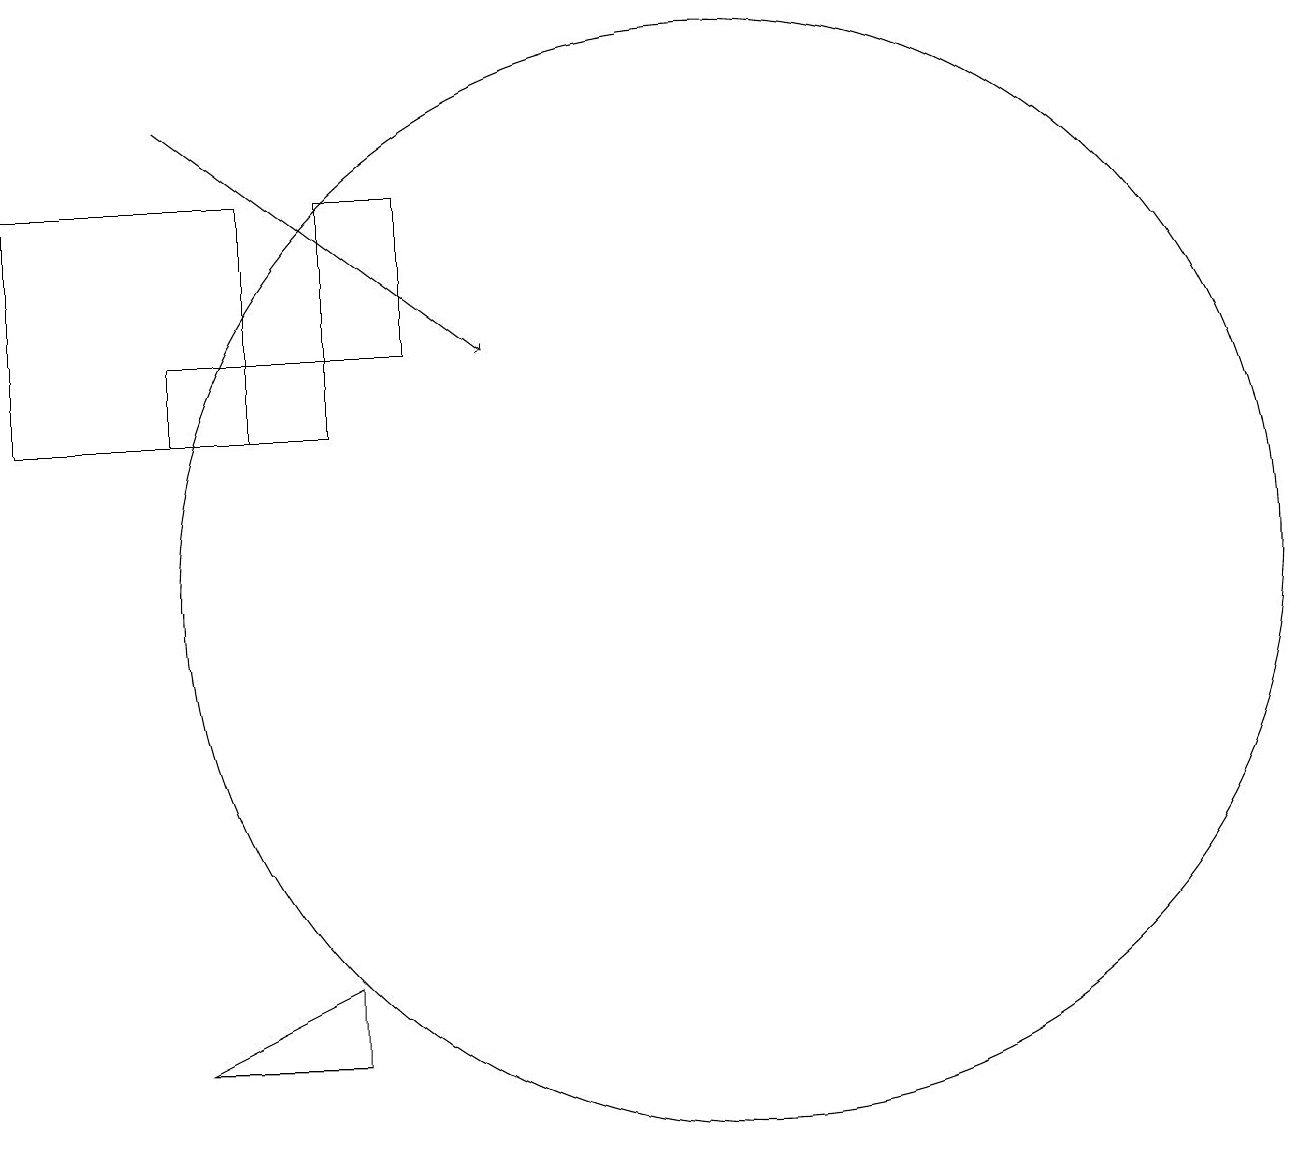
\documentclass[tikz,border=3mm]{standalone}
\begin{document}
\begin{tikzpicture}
\draw (6,13) rectangle (4,14);
\draw (11,11) circle (7);
\draw (7,14) rectangle (6,16);
\draw[->] (4,17) -- (8,14);
\draw (6,5) -- (4,5) -- (6,6) -- cycle;
\draw (5,16) rectangle (2,13);
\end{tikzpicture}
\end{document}